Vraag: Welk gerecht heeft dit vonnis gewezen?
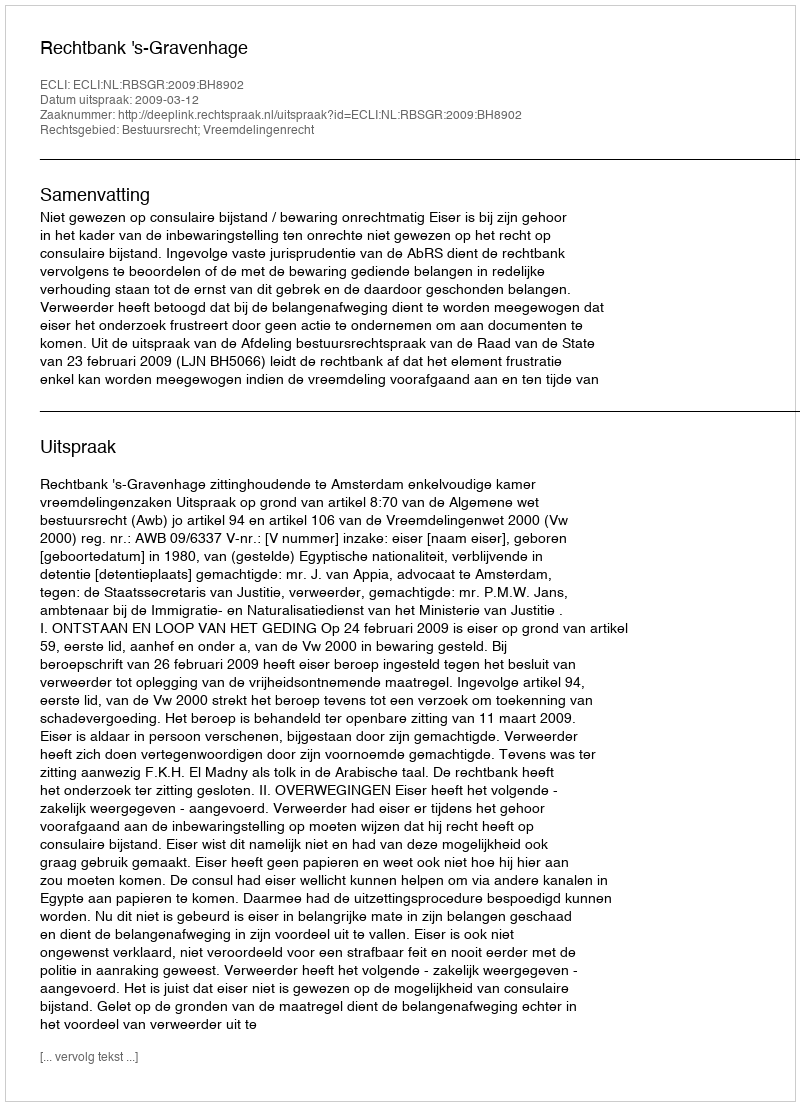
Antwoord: Rechtbank 's-Gravenhage